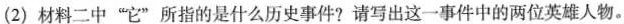
(2)材料二中”它”所指的是什么历史事件?请写出这一事件中的两位英雄人。